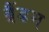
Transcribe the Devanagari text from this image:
ब्रैंडम